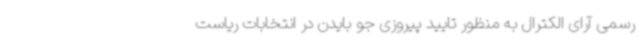
رسمی آرای الکترال به منظور تایید پیروزی جو بایدن در انتخابات ریاست